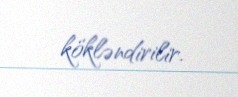
kökləndirilir.